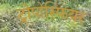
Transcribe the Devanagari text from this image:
ट्रोपोस्फियर